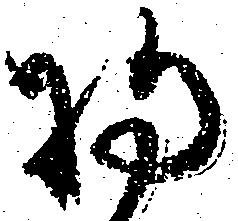
将